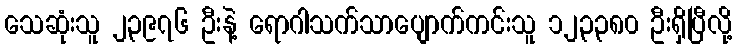
သေဆုံးသူ ၂၃၉၇၆ ဦးနဲ့ ရောဂါသက်သာပျောက်ကင်းသူ ၁၂၃၃၈၀ ဦးရှိပြီလို့